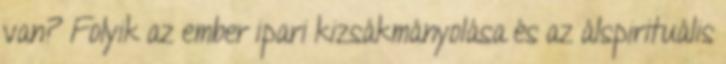
van? Folyik az ember ipari kizsákmányolása és az álspirituális